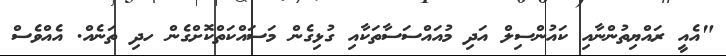
"އެއީ ރައްޔިތުންނާއި ކައުންސިލް އަދި މުއައްސަސާތަކާއި ގުޅިގެން މަސައްކަތްކޮށްގެން ހދި ތަނެއް. އެއްވެސް